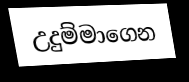
උදුම්මාගෙන